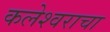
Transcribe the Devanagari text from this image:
कलेश्वराचा